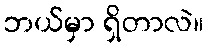
ဘယ်မှာ ရှိတာလဲ။